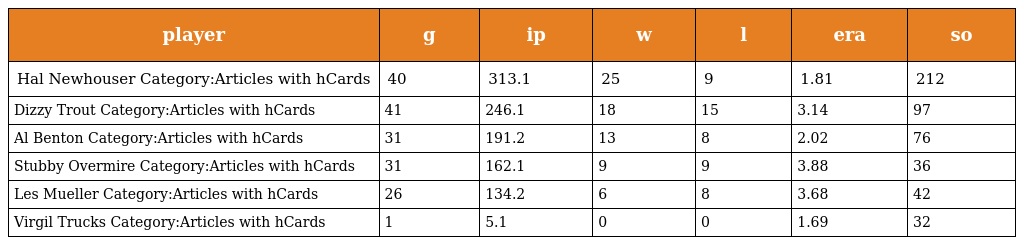
| player | g | ip | w | l | era | so |
 | --- | --- | --- | --- | --- | --- | --- |
 | Hal Newhouser Category:Articles with hCards | 40 | 313.1 | 25 | 9 | 1.81 | 212 |
 | Dizzy Trout Category:Articles with hCards | 41 | 246.1 | 18 | 15 | 3.14 | 97 |
 | Al Benton Category:Articles with hCards | 31 | 191.2 | 13 | 8 | 2.02 | 76 |
 | Stubby Overmire Category:Articles with hCards | 31 | 162.1 | 9 | 9 | 3.88 | 36 |
 | Les Mueller Category:Articles with hCards | 26 | 134.2 | 6 | 8 | 3.68 | 42 |
 | Virgil Trucks Category:Articles with hCards | 1 | 5.1 | 0 | 0 | 1.69 | 32 |